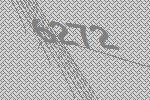
6272